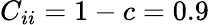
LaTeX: C_{ii}=1-c=0.9